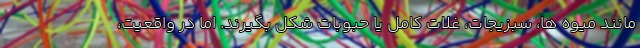
مانند میوه ها، سبزیجات، غلات کامل یا حبوبات شکل بگیرند. اما در واقعیت،